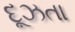
દૂઝતા